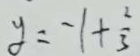
y = - 1 + \frac { 2 } { 3 }